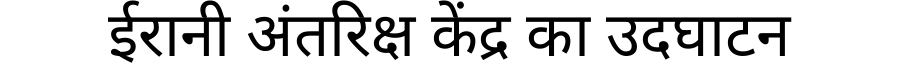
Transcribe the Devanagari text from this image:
ईरानी अंतरिक्ष केंद्र का उदघाटन